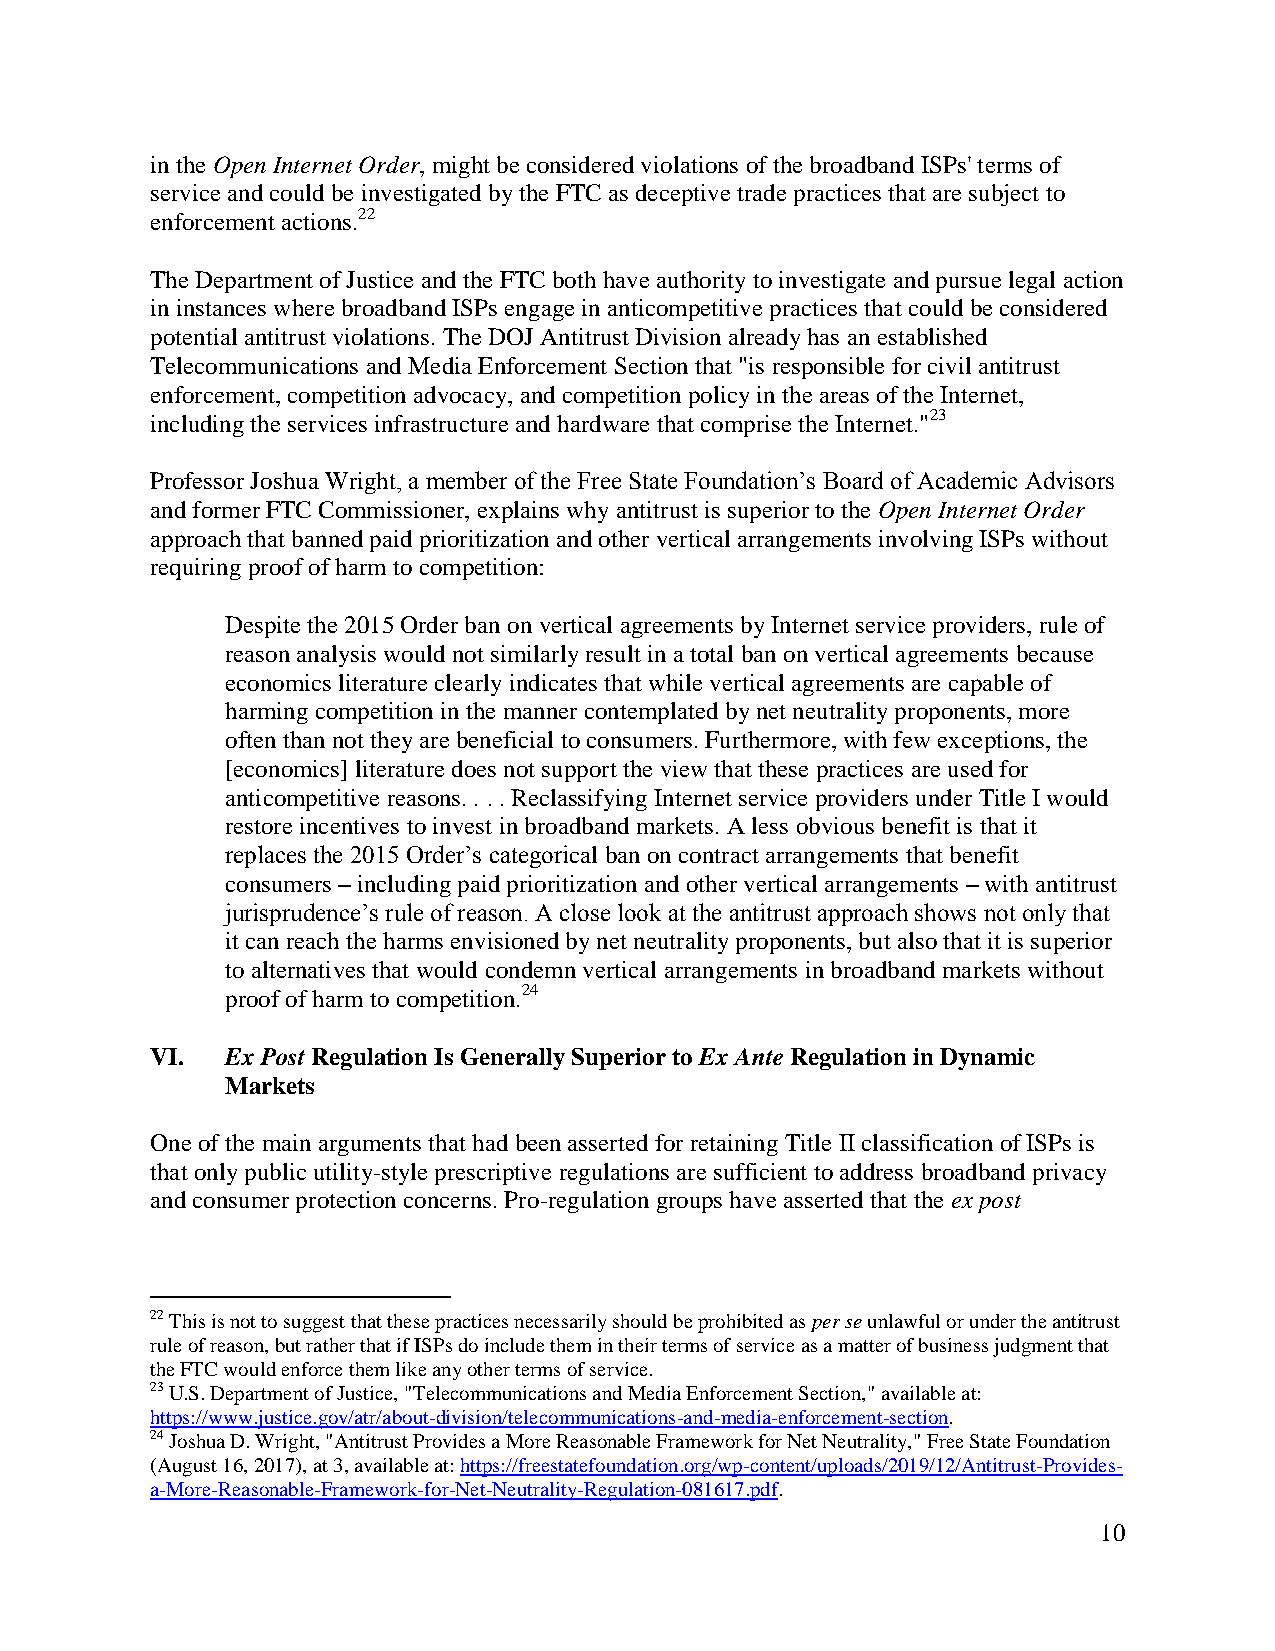
in the Open Internet Order, might be considered violations of the broadband ISPs' terms of
 service and could be investigated by the FTC as deceptive trade practices that are subject to
 enforcement actions.22
 The Department of Justice and the FTC both have authority to investigate and pursue legal action
 in instances where broadband ISPs engage in anticompetitive practices that could be considered
 potential antitrust violations. The DOJ Antitrust Division already has an established
 Telecommunications and Media Enforcement Section that "is responsible for civil antitrust
 enforcement, competition advocacy, and competition policy in the areas of the Internet,
 including the services infrastructure and hardware that comprise the Internet."23
 Professor Joshua Wright, a member of the Free State Foundation’s Board of Academic Advisors
 and former FTC Commissioner, explains why antitrust is superior to the Open Internet Order
 approach that banned paid prioritization and other vertical arrangements involving ISPs without
 requiring proof of harm to competition:
 Despite the 2015 Order ban on vertical agreements by Internet service providers, rule of
 reason analysis would not similarly result in a total ban on vertical agreements because
 economics literature clearly indicates that while vertical agreements are capable of
 harming competition in the manner contemplated by net neutrality proponents, more
 often than not they are beneficial to consumers. Furthermore, with few exceptions, the
 [economics] literature does not support the view that these practices are used for
 anticompetitive reasons. . . . Reclassifying Internet service providers under Title I would
 restore incentives to invest in broadband markets. A less obvious benefit is that it
 replaces the 2015 Order’s categorical ban on contract arrangements that benefit
 consumers – including paid prioritization and other vertical arrangements – with antitrust
 jurisprudence’s rule of reason. A close look at the antitrust approach shows not only that
 it can reach the harms envisioned by net neutrality proponents, but also that it is superior
 to alternatives that would condemn vertical arrangements in broadband markets without
 proof of harm to competition.24
 VI.  Ex Post Regulation Is Generally Superior to Ex Ante Regulation in Dynamic
 Markets
 One of the main arguments that had been asserted for retaining Title II classification of ISPs is
 that only public utility-style prescriptive regulations are sufficient to address broadband privacy
 and consumer protection concerns. Pro-regulation groups have asserted that the ex post
 22 This is not to suggest that these practices necessarily should be prohibited as per se unlawful or under the antitrust
 rule of reason, but rather that if ISPs do include them in their terms of service as a matter of business judgment that
 the FTC would enforce them like any other terms of service.
 23 U.S. Department of Justice, "Telecommunications and Media Enforcement Section," available at:
 https://www.justice.gov/atr/about-division/telecommunications-and-media-enforcement-section.
 24 Joshua D. Wright, "Antitrust Provides a More Reasonable Framework for Net Neutrality," Free State Foundation
 (August 16, 2017), at 3, available at: https://freestatefoundation.org/wp-content/uploads/2019/12/Antitrust-Provides-
 a-More-Reasonable-Framework-for-Net-Neutrality-Regulation-081617.pdf.
 10